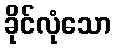
ခိုင်လုံသော